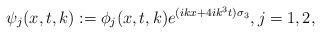
LaTeX: \begin{align*} \psi_{j}(x,t,k):=\phi_{j}(x,t,k)e^{(ikx+4ik^3t)\sigma_3}, j=1,2,\end{align*}